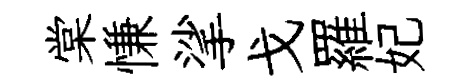
棠慊挲戈羅妃